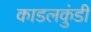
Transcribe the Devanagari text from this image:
काडलकुंडी